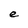
Character: e